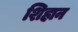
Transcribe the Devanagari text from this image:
शिहान